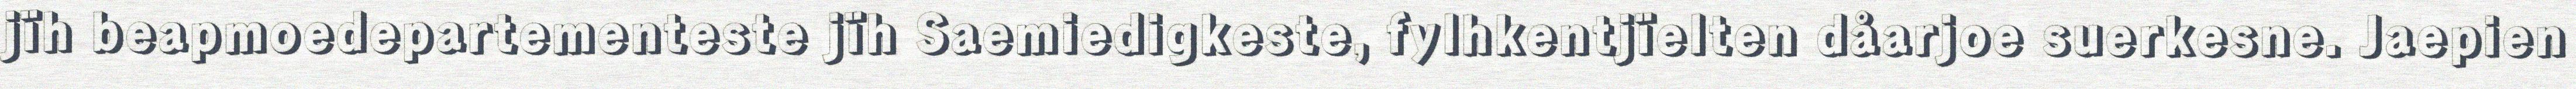
jïh beapmoedepartementeste jïh Saemiedigkeste, fylhkentjïelten dåarjoe suerkesne. Jaepien